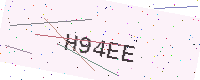
Text: H94EE